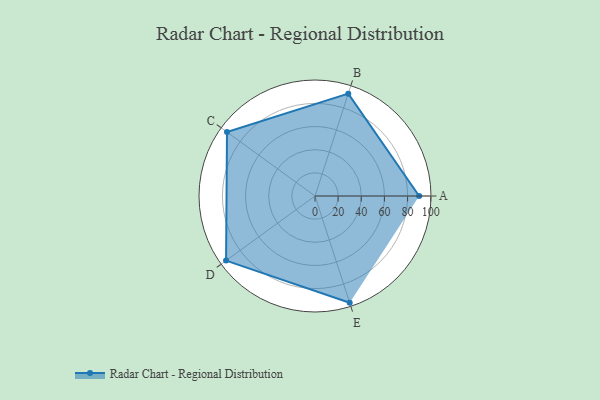
{"axis": {"x": "Skill", "y": "Score"}, "legend": ["Profile"], "data": [{"x": "A", "y": 90.0, "type": "Profile"}, {"x": "B", "y": 93.0, "type": "Profile"}, {"x": "C", "y": 94.0, "type": "Profile"}, {"x": "D", "y": 95.0, "type": "Profile"}, {"x": "E", "y": 97.0, "type": "Profile"}]}